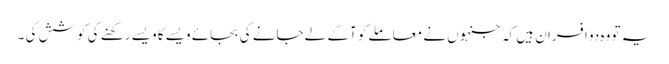
یہ تو وہ دو افسران ہیں کہ جنہوں نے معاملے کو آگے لے جانے کی بجائے ویسے کا ویسے رکھنے کی کوشش کی ۔